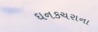
ઘનકચરાના